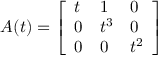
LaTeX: A ( t ) = { \left[ \begin{array} { l l l } { t } & { 1 } & { 0 } \\ { 0 } & { t ^ { 3 } } & { 0 } \\ { 0 } & { 0 } & { t ^ { 2 } } \end{array} \right] }